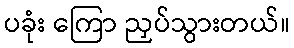
ပခုံး ကြော ညှပ်သွားတယ်။